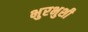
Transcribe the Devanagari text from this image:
भुरभुशी